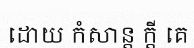
ដោយ កំសាន្ត ក្តី គេ